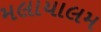
મલાયાલમ